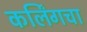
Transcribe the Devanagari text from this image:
कर्लिंगचा